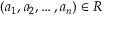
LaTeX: ( a _ { 1 } , a _ { 2 } , \dots , a _ { n } ) \in R